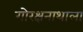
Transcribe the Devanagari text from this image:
गोरक्षनाथाला